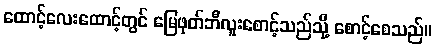
ထောင့်လေးထောင့်တွင် မြေဖုတ်ဘီလူးစောင့်သည်သို့ စောင့်စေသည်။